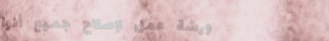
ورشة عمل لإصلاح جميع أنوا